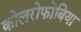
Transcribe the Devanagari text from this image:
कोलरोफोबिया